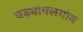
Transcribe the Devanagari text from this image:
चड्यावलगांव